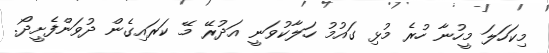
މިކަހަލަ މީހުނާ ހުރެ މުޅި ގައުމު ހަލާކުވަނީ އަދުރޭ މޭ ކަރައިގެން ދުވަންފެށީދޯ.